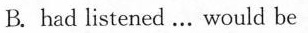
B. had listened... would be